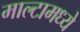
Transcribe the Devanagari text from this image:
माल्टामध्ये